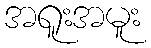
အရူးအမူး